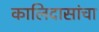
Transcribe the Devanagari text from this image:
कालिदासांचा